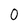
Character: 0